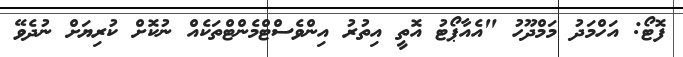
ފޮޓޯ: އަހްމަދު މަމްދޫހު "އެއާޕޯޓު އޮތީ އިތުރު އިންވެސްޓްމެންޓްތަކެއް ނުކޮށް ކުރިޔަށް ނުދެވޭ